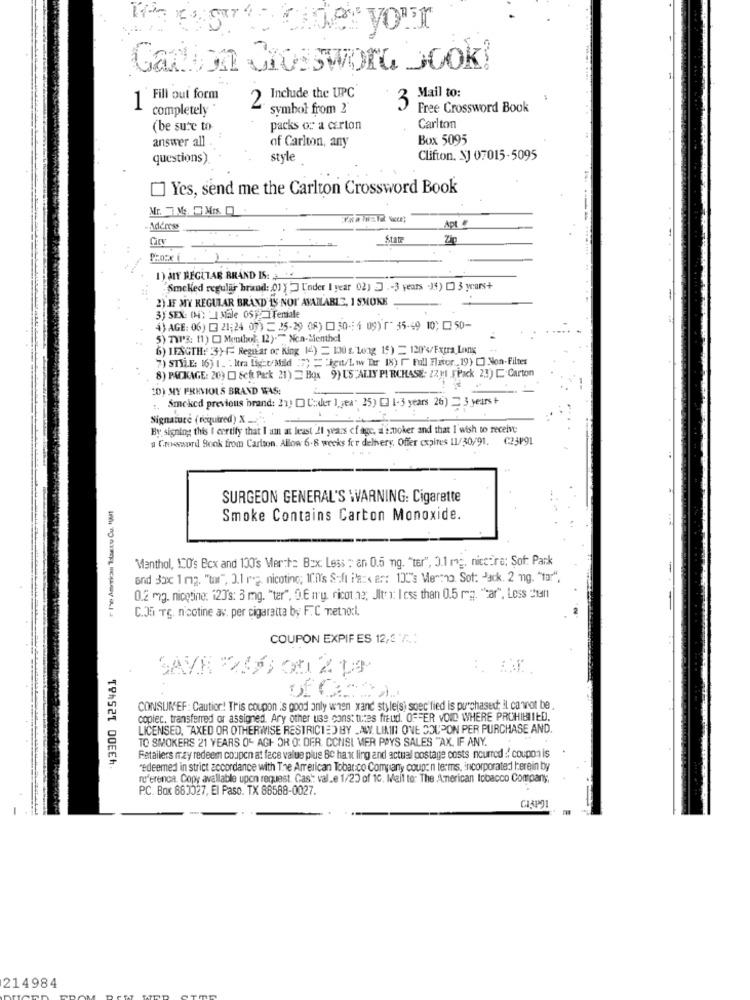
resorts onde your
Gadisa Crossword book!
Include the UPC
1 Fill out form
Mail to:
completely *
2
symbol from 2'
Free Crossword Book
(be sure to-
packs or a carton
Carlton
answer all
of Carlton, any
Box 5095
questions)
style
Clifton, NJ 07015-5095
Yes, send me the Carlton Crossword Book
Mr.ME MISO
Apt
Ademrss
City
State
Zip
1) MY BEGLTAR BRAND IS:
"Smelled regular brand: 01 } " Under I year 02) ] .- 3 years .14) [ 3 years+
2) IF MY REGULAR BRAND'IS NOT AVAILABLE, 1 SMOKE
3) SEX: (4) ' MEle 05] ITemale
{J AGE: 06) [ 21;24 07) = 25-29 08) [1 30-4 09) " 35-49 10; 0 50-
5) "IT'S: 11) [ Memthol: 12)." Non-Senthel
6) LENGTH: 3}-{ Regnar of King 14) = 100 & Long 19) = 120</Extra Long ..
7) STYLE: 16) 1_ : Itra fig:t/Mild () = "igw/Liw lr 18) [ Full Flavor 19) [] Non-Filmes
8) PACKAGE: 26) [] Seit Park 21) = Box 9) US"ALIY PURCHASE: 22 11 [Pack 23) [ Carton
20) MY PREVIOUS BRAND WAS:
Smoked previous brand: 21) DC:der 1 jea. 25) [3 1-3 years 26) 2 3 years +
Signature ( required) X _..
By signing this i certify that I am at least 21 years of age, a stoker and that I'wish to receive;
a Groeprd Book from Cartoon. Allow 6-8 weeks for delivery, Offer expires 11/30/91. C:23491
SURGEON GENERAL'S WARNING: Cigarette
Smoke Contains Carbon Monoxide.
Menthol, 120's Box and 100's Merthe Box: Less : an 0.5 ng. "tar", 0.1 mg. nice:re: Şof: Park
and Box 1 mg. "tar", 3.1 reg. nicoting; ICil's Saft Paz« er: 13C's Mentno Sot: Jack. 2 mg. "tar",
0.2 mg. nicotine: 120's: 3 mg. "ter". O.E n'y ricothe; JItry: less than 0.5 mg. "ar", Less din
C.JE TE. nicotine av. per cigaretta by F. C metho:i.
COUPON EXPIF ES 12,3 7 :.:
'43300 125481
SAVE 246 00 % De
CONSUREF : Caution! This coupon is good only when xand styleis) soec'fied is purchased; il canot be
copiec, transferredi or assigned. Ary other use const tures freud. OFFER VOID WHERE PROHIBITED.
LICENSED, "AXED OR OTHERWISE RESTRICTED BY LAW. LININ ONE COUPON PER PURCHASE AND.
TO SMOKERS 21 YEARS OF AGH OR O: DER. CONSI MER PAYS SALES "AX. IF ANY.
Retailers may redeem coupon at face value plus 80 hart ling and actual postage costs nourrod :: coupon is
redeemed in strict accordance with The American Tobar:co Company coupon terms, incorporated herein by
ruferenca. Copy avallable upon request. Cast: val.e 1/20 of 10. Mail to: The American tobacco Company,
P.C. Box 863027, El Paso. TX 88588-0027.
214984